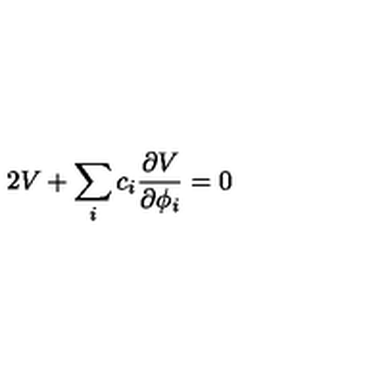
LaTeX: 2 V + \sum _ { i } c _ { i } { \frac { \partial V } { \partial \phi _ { i } } } = 0